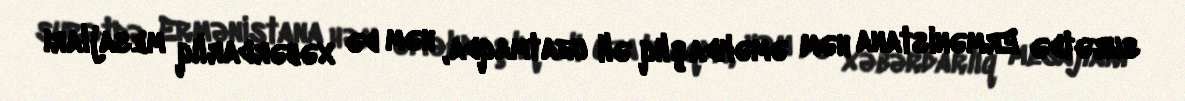
surətdə Ermənistana həm əməkdaşlıq əli uzatmaqda, həm də xəbərdarlıq mesajları